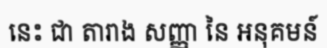
នេះ ជា តារាង សញ្ញា នៃ អនុគមន៍